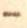
-